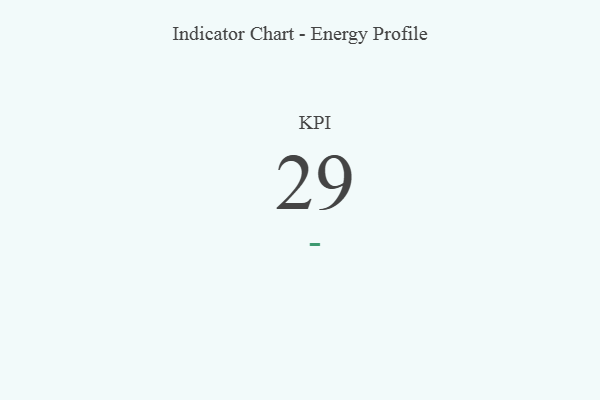
{"axis": {"x": "KPI", "y": "Value"}, "legend": [""], "data": [{"x": "KPI", "y": 29, "type": ""}]}